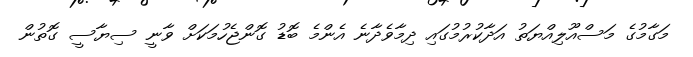
މަގާމުގެ މަސްއޫލިއްޔަތު އަދާކުރުމުގައި ދިމާވެދާނެ އެންމެ ބޮޑު ގޮންޖެހުމަކަށް ވާނީ ސިޔާސީ ގޮތުން